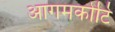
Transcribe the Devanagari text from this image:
आगमकोटि